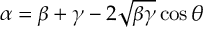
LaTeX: \alpha = \beta + \gamma - 2 \sqrt { \beta \gamma } \cos \theta